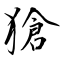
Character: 獊